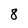
Character: 8